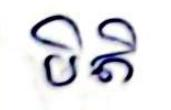
បិតិ